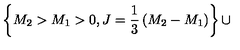
\left\{ M _ { 2 } > M _ { 1 } > 0 , J = { \frac { 1 } { 3 } } \left( M _ { 2 } - M _ { 1 } \right) \right\} \cup